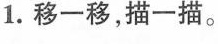
1.移一移，描一描。